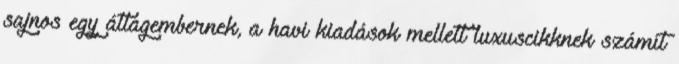
sajnos egy átlagembernek, a havi kiadások mellett luxuscikknek számít